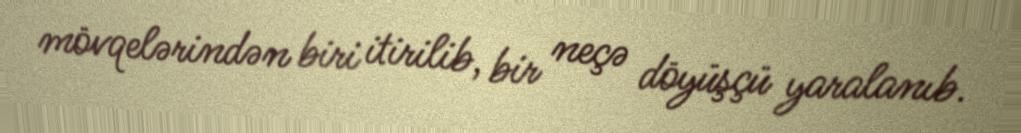
mövqelərindən biri itirilib, bir neçə döyüşçü yaralanıb.